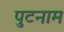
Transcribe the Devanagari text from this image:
पुटनाम